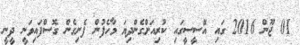
01 ޖޫން 2016 ގައި އޭސީސީގައި ކުރިއަށްގެންދިޔަ މާހެފުން ފެށިގެން ގޮސްފައިވަނީ ދީނީ